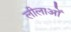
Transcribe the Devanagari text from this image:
लीलाओँ